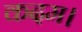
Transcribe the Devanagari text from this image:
कदम।